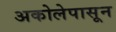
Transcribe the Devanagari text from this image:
अकोलेपासून